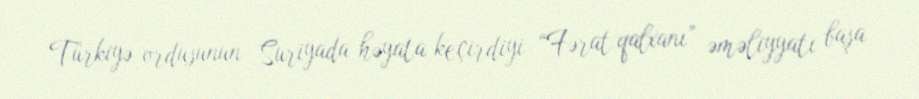
Türkiyə ordusunun Suriyada həyata keçirdiyi “Fərat qalxanı” əməliyyatı başa